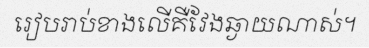
រៀបរាប់ខាងលើគឺវែងឆ្ងាយណាស់។